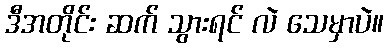
ဒီအတိုင်း ဆက် သွားရင် လဲ သေမှာပဲ။